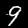
Digit: 9